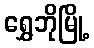
ရွှေဘိုမြို့